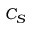
C _ { S }